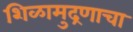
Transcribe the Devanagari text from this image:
शिळामुद्रणाचा